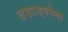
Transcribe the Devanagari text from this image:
दशाश्वमेधा